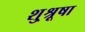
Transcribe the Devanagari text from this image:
शु्श्रूषा